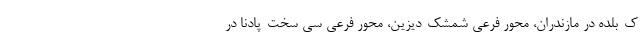
ک-بلده در مازندران، محور فرعی شمشک-دیزین، محور فرعی سی سخت-پادنا در